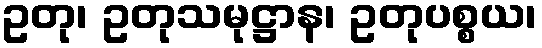
ဥတု၊ ဥတုသမုဋ္ဌာန၊ ဥတုပစ္စယ၊